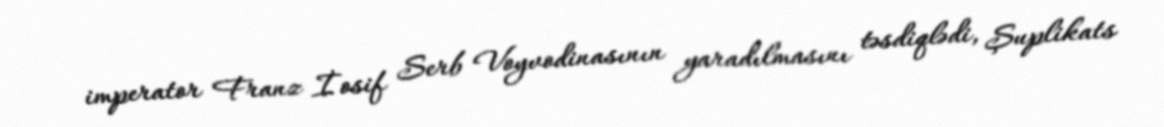
imperator Franz İosif Serb Voyvodinasının yaradılmasını təsdiqlədi, Şuplikats